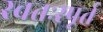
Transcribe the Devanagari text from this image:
स्वतःस्पूर्त